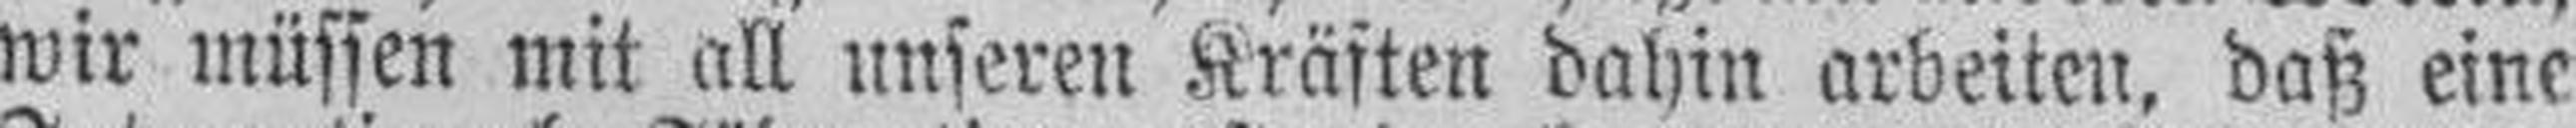
wir müssen mit all unseren Kräften dahin arbeiten, daß eine